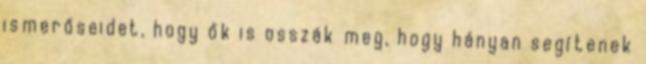
ismerőseidet, hogy ők is osszák meg, hogy hányan segítenek